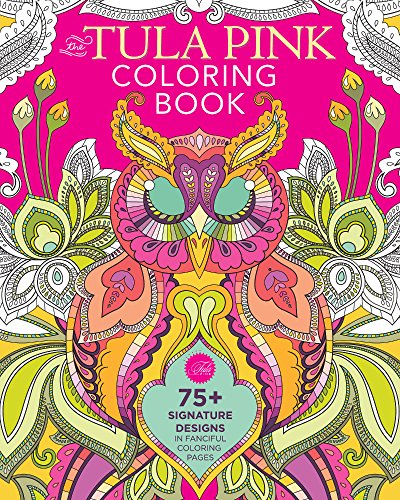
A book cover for The Tula Pink Coloring Book: 75+ Signature Designs in Fanciful Coloring Pages; Tula Pink; Humor & Entertainment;